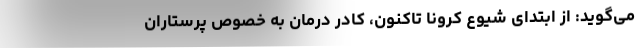
می‌گوید: از ابتدای شیوع کرونا تاکنون، کادر درمان به خصوص پرستاران